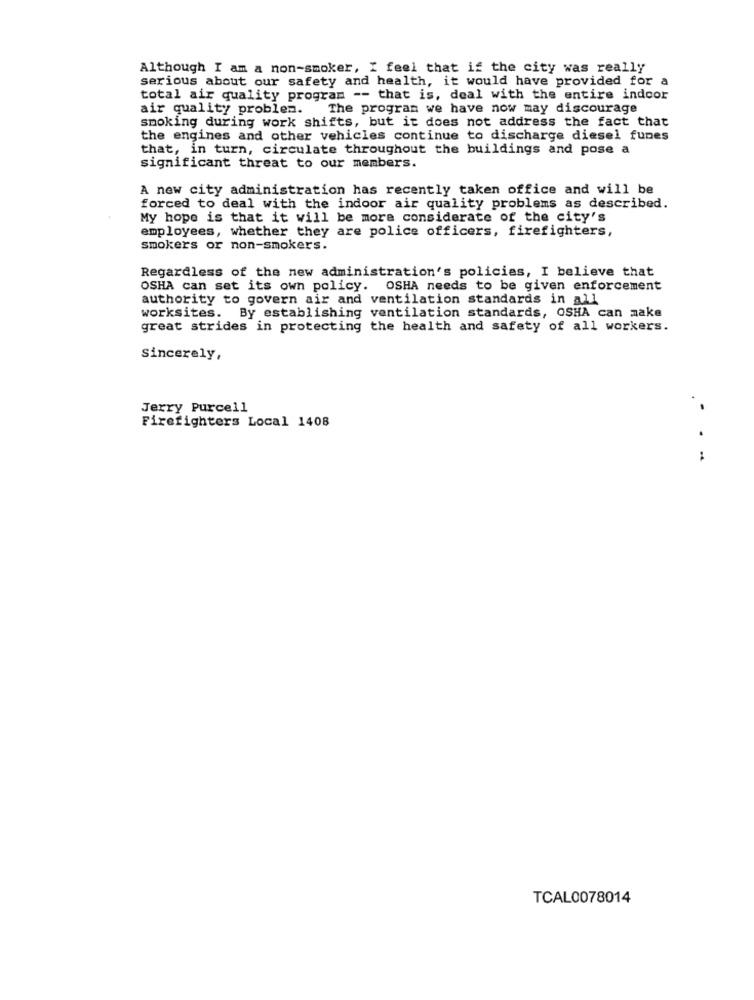
Although I am a non-smoker, I feel that if the city was really
serious about our safety and health, it would have provided for a
total air quality program -- that is, deal with the entire indoor
air quality problem.
The program we have now may discourage
smoking during work shifts, but it does not address the fact that
the engines and other vehicles continue to discharge diesel funes
that, in turn, circulate throughout the buildings and pose a
significant threat to our members.
A new city administration has recently taken office and will be
forced to deal with the indoor air quality problems as described.
My hope is that it will be more considerate of the city's
employees, whether they are police officers, firefighters,
smokers or non-smokers.
Regardless of the new administration's policies, I believe that
OSHA can set its own policy. OSHA needs to be given enforcement
authority to govern air and ventilation standards in all
worksites. By establishing ventilation standards, OSHA can make
great strides in protecting the health and safety of all workers.
Sincerely,
Jerry Purcell
Firefighters Local 1408
.....
.4
TCAL0078014